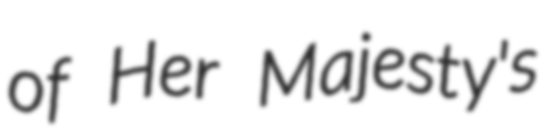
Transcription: of Her Majesty's